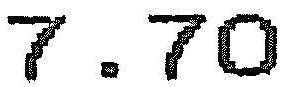
7.70